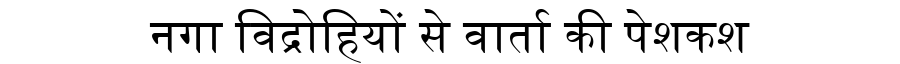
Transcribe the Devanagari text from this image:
नगा विद्रोहियों से वार्ता की पेशकश